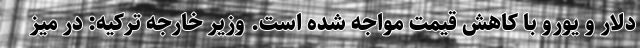
دلار و یورو با کاهش قیمت مواجه شده است. وزیر خارجه ترکیه: در میز